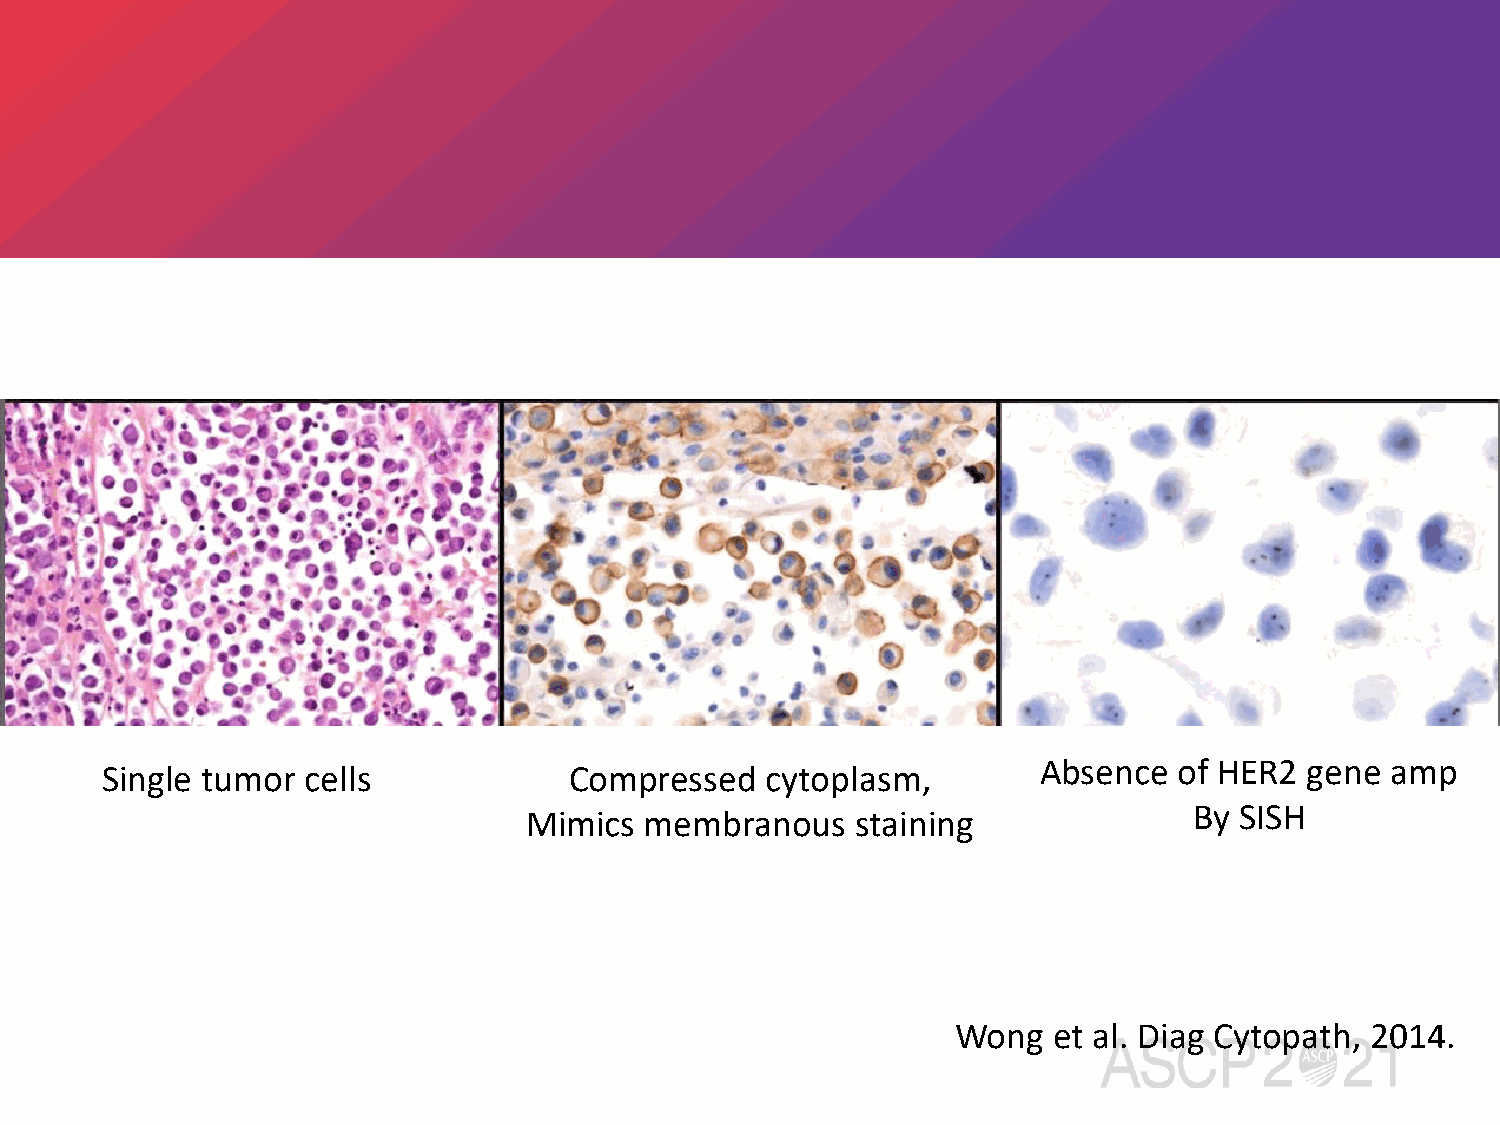
Single tumor cells             Compressed   cytoplasm,        Absence  of HER2  gene amp
 Mimics  membranous    staining              By SISH
 Wong   et al. Diag Cytopath, 2014.